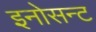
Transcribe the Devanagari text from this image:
इनोसन्ट